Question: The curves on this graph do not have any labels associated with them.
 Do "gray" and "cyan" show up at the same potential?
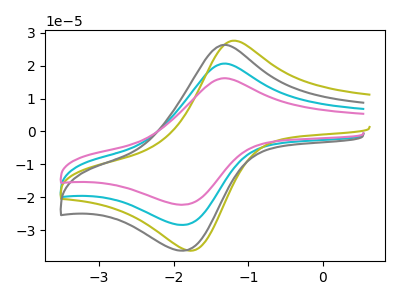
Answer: <think>The cyan curve "cyan" has an anodic peak at (-1.35V, 20.65uA) and a cathodic peak at (-1.85V, -28.45uA). The olive curve "olive" has an anodic peak at (-1.20V, 27.65uA) and a cathodic peak at (-1.70V, -36.10uA). The gray curve "gray" has an anodic peak at (-1.35V, 26.35uA) and a cathodic peak at (-1.85V, -36.25uA). The pink curve "pink" has an anodic peak at (-1.35V, 41.30uA) and a cathodic peak at (-1.85V, -56.85uA).
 All the peaks in "gray" have a peak in "cyan" at the same potential. Every peak in "gray" is higher than every peak in "cyan".</think>
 <answer>"gray" and "cyan" are similar in shape.</answer>
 <eval>same_shape</eval>